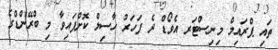
ތައި ޕްރައިމް މިނިސްޓަރ އެވޯޑް ދެ ފަހަރު ހާސިލް ކޮށްފައިވާ މި ބްރޭންޑްގެ